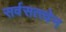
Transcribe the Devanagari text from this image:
सर्वसत्त्वेन